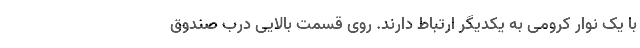
با یک نوار کرومی به یکدیگر ارتباط دارند. روی قسمت بالایی درب صندوق